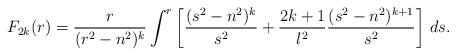
LaTeX: \begin{align*}F_{2k}(r) = {r \over (r^2-n^2)^k} \int^r \left[{(s^2-n^2)^k \over s^2}+{2k+1 \over l^2}{(s^2-n^2)^{k+1} \over s^2}\right] \,ds.\end{align*}